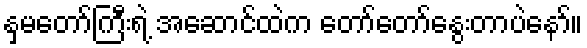
နှမတော်ကြီးရဲ့ အဆောင်ထဲက တော်တော်နွေးတာပဲနော်။